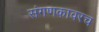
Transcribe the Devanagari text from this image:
संगणकावरच